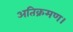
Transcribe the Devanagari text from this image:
अतिक्रमण।